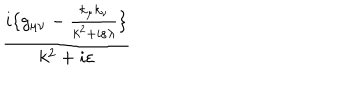
\frac { i \{ g _ { \mu \nu } - \frac { k _ { \mu } k _ { \nu } } { k ^ { 2 } + i \varepsilon \lambda } \} } { k ^ { 2 } + i \varepsilon }